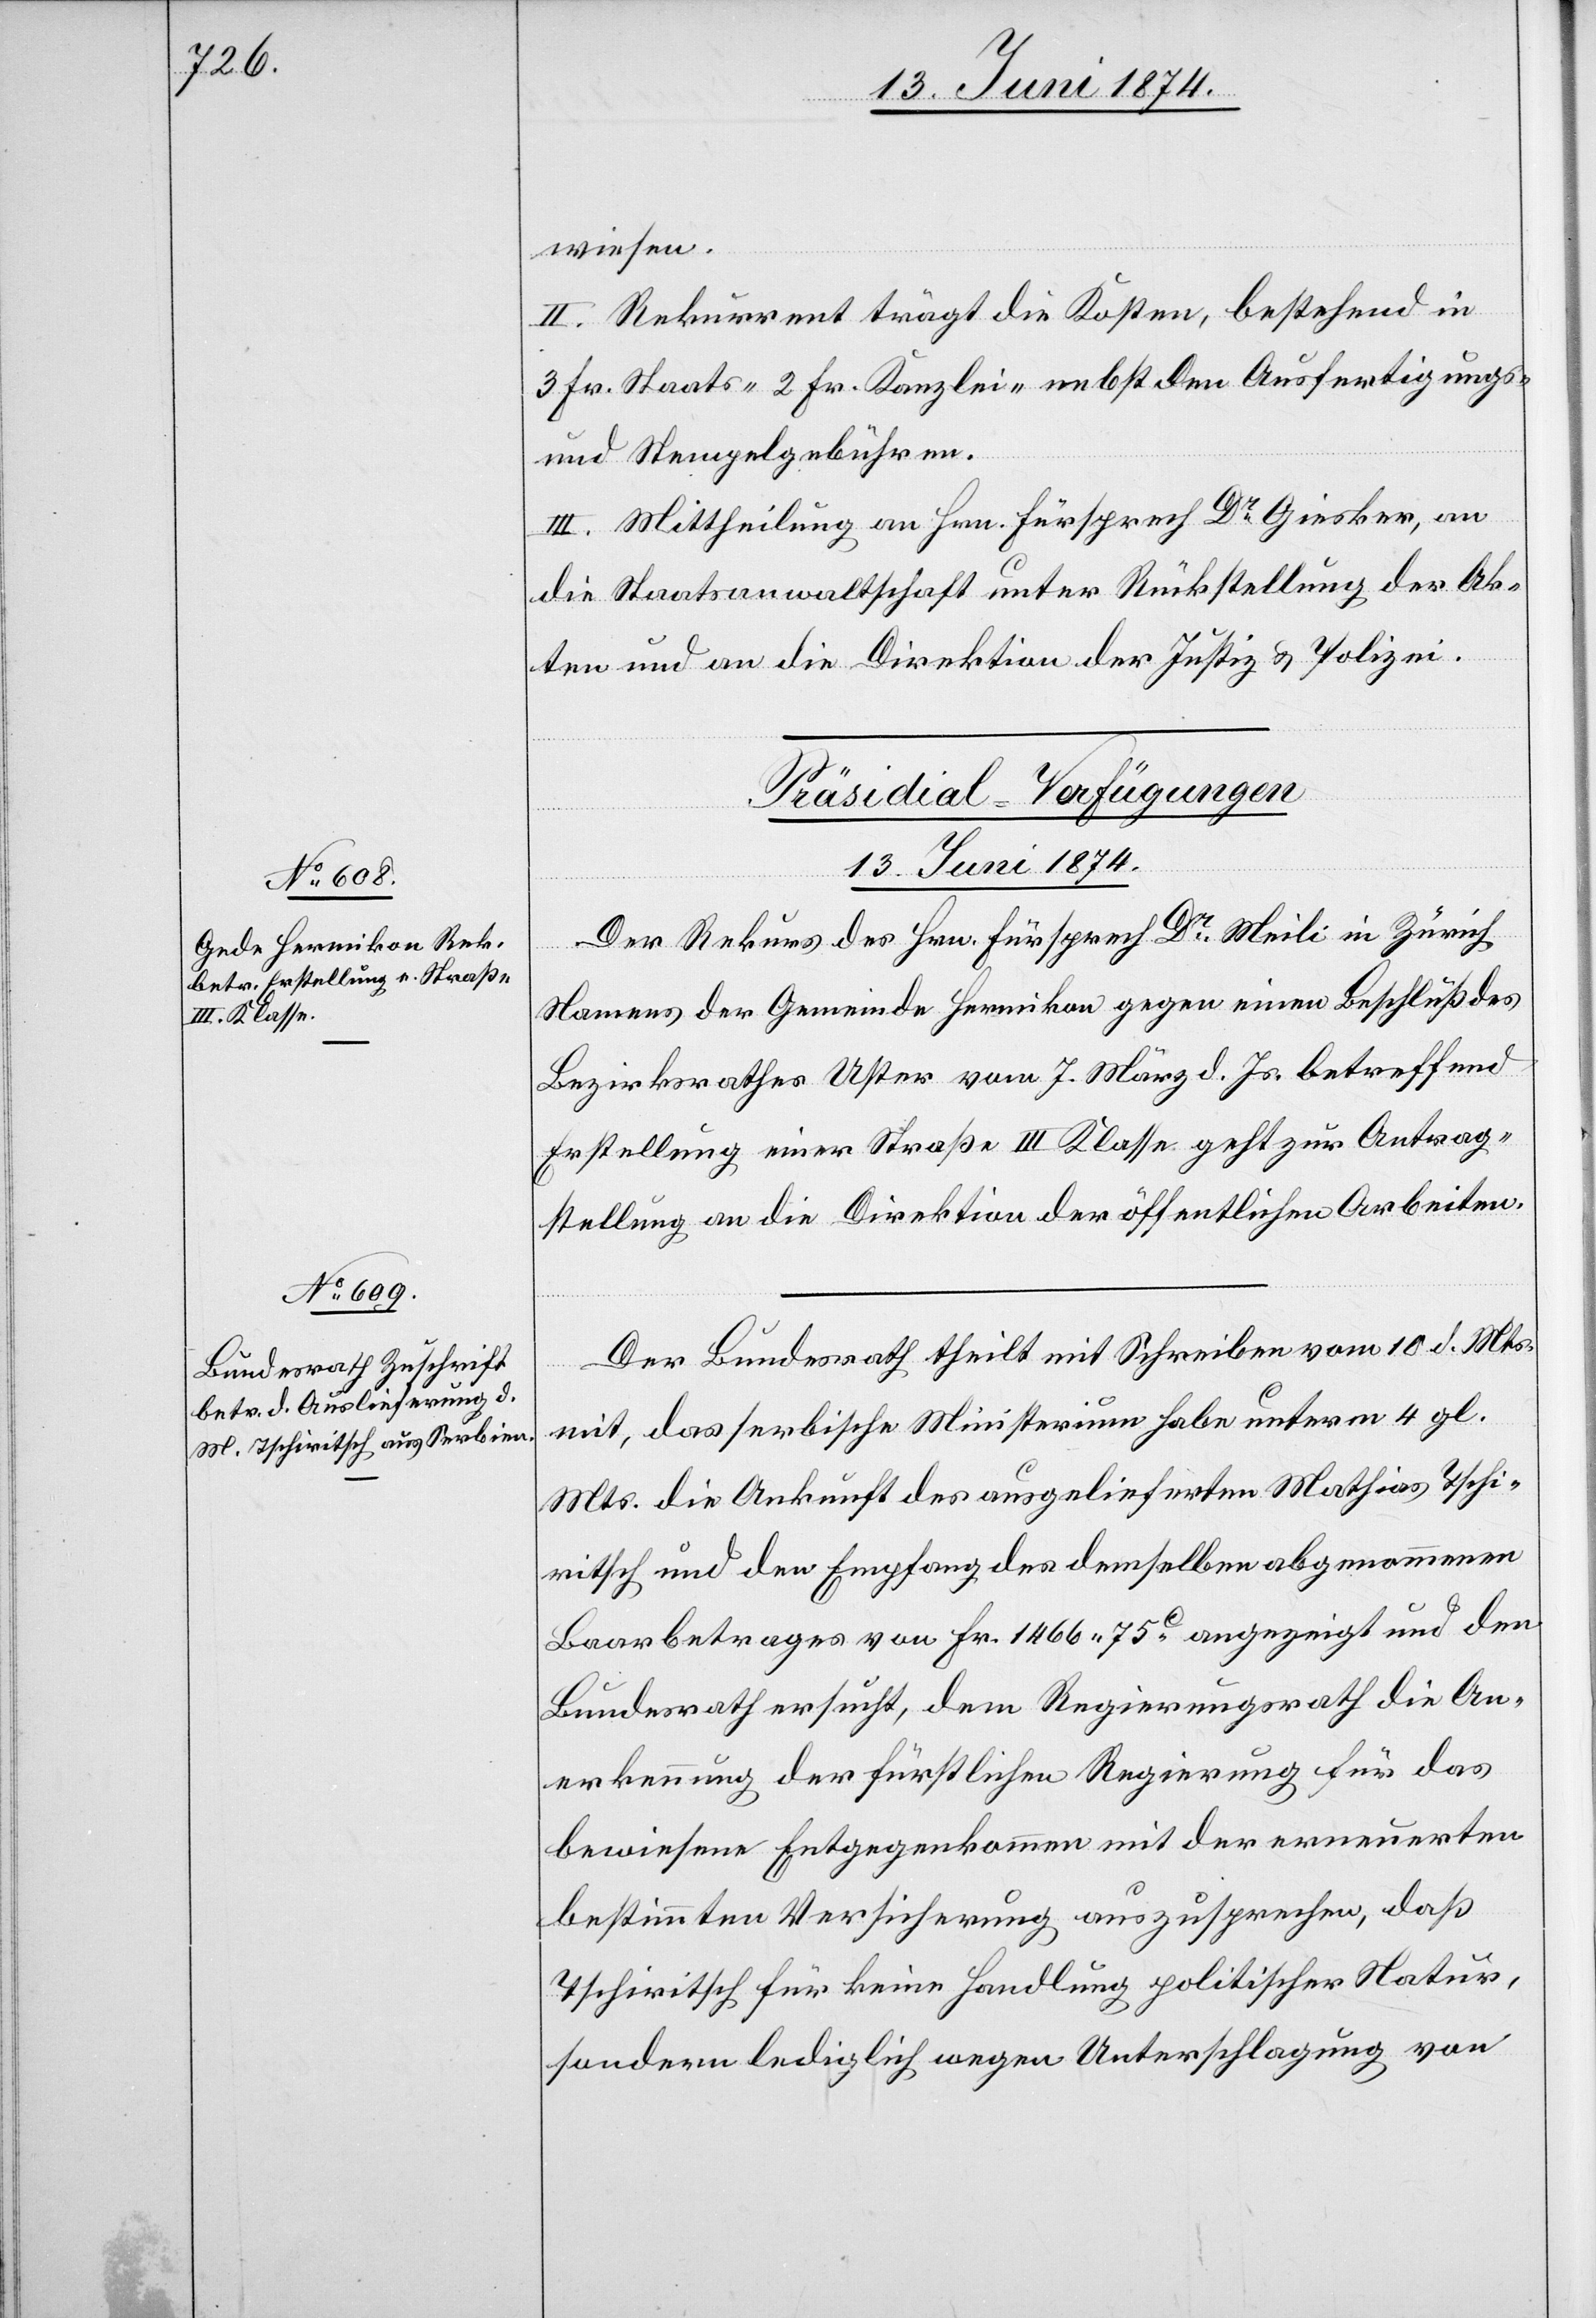
wiesen.
II. Rekurrent trägt die Kosten, bestehend in
3 Fr. Staats-[,] 2 Fr. Kanzlei-[,] nebst den Ausfertigungs-
und Stempelgebühren.
III. Mittheilung an Hrn. Fürsprech Dr Giesker, an
die Staatsanwaltschaft unter Rückstellung der Ak¬
ten und an die Direktion der Justiz u. Polizei.
[Präsidial-Verfügungen
13. Juni 1874.]
Der Rekurs des Hrn. Fürsprech Dr Meili in Zürich
Namens der Gemeinde Hermikon gegen einen Beschluß des
Bezirksrathes Uster vom 7. März d. Js. betreffend
Erstellung einer Straße III. Klasse geht zur Antrag¬
stellung an die Direktion der öffentlichen Arbeiten.
Der Bundesrath theilt mit Schreiben vom 10. d. Mts.
mit, das serbische Ministerium habe unterm 4. gl.
Mts. die Ankunft des ausgelieferten Mathias Tschi¬
ritsch und den Empfang des demselben abgenommenen
Baarbetrages von Fr. 1466. 75 R. angezeigt und den
Bundesrath ersucht, dem Regierungsrath die An¬
erkennung der fürstlichen Regierung für das
bewiesene Entgegenkommen mit der erneuerten
bestimmten Versicherung auszusprechen, daß
Tschiritsch für keine Handlung politischer Natur,
sondern lediglich wegen Unterschlagung von